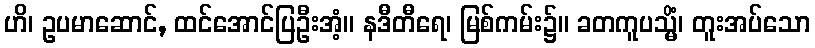
ဟိ၊ ဥပမာဆောင်, ထင်အောင်ပြဦးအံ့။ နဒီတီရေ၊ မြစ်ကမ်း၌။ ခတကူပသ္မိံ၊ တူးအပ်သော